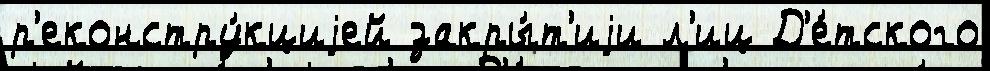
р'еконстру́кциjей закры́т'иjи л'иц Д'е́тского